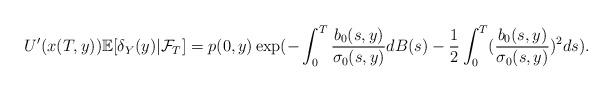
LaTeX: \begin{align*}U'(x(T,y))\mathbb{E}[\delta_Y(y)|\mathcal{F}_T]=p(0,y) \exp(-\int_0^T \frac{b_0(s,y)}{\sigma_0(s,y)}dB(s) - \frac{1}{2} \int_0^T (\frac{b_0(s,y)}{\sigma_0(s,y)})^{2}ds).\end{align*}